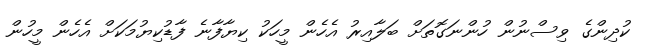
ކުދިންގެ ވިސްނުން ހުންނަގޮތަށް ބަލާއިރު އެހެން މީހަކު ކިޔާފާނެ ފާޑުކިޔުމަކަށް އެހެން މީހުން